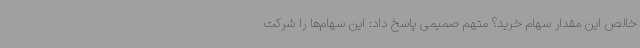
خالص این مقدار سهام خرید؟ متهم صمیمی پاسخ داد: این سهام‌ها را شرکت